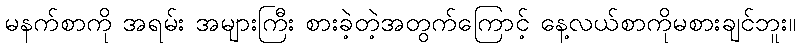
မနက်စာကို အရမ်း အများကြီး စားခဲ့တဲ့အတွက်ကြောင့် နေ့လယ်စာကိုမစားချင်ဘူး။